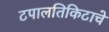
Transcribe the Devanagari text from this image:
टपालतिकिटाचे